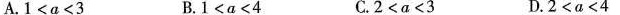
A.$$1 < a < 3$$ B.$$1 < a < 4$$ C.$$2 < a < 3$$ D.$$2 < a < 4$$